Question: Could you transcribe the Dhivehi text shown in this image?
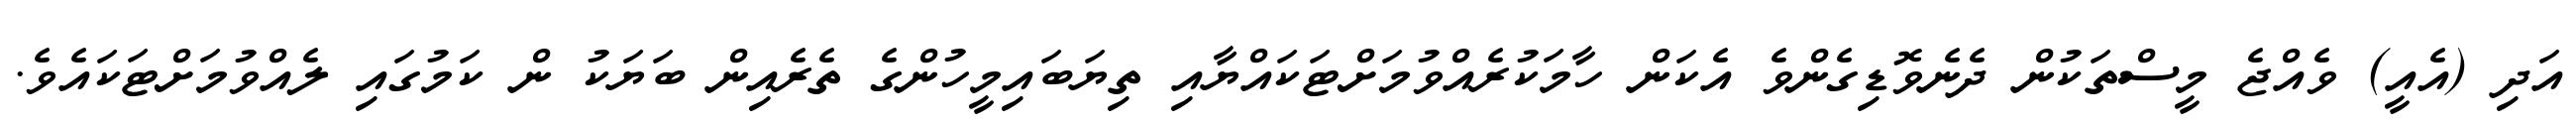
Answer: އަދި (އެއީ) ވެއްޖެ މީސްތަކުން ދެނެވޮޑިގެންވެ އެކަން ހާމަކުރެއްވުމަށްޓަކައްޔާއި ތިޔަބައިމީހުންގެ ތެރެއިން ބަޔަކު ން ކަމުގައި ލެއްވުމަށްޓަކައެވެ.